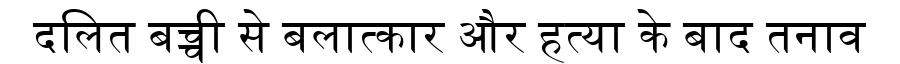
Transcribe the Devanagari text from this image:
दलित बच्ची से बलात्कार और हत्या के बाद तनाव